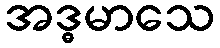
အဒ္ဓမာသေ